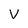
Character: V